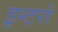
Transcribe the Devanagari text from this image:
इन्टरो